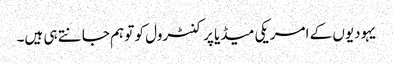
یہودیوں کے امریکی میڈیا پر کنٹرول کو تو ہم جانتے ہی ہیں۔